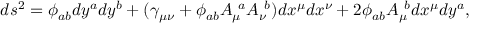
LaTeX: d s ^ { 2 } = \phi _ { a b } d y ^ { a } d y ^ { b } + ( \gamma _ { \mu \nu } + \phi _ { a b } A _ { \mu } ^ { \ a } A _ { \nu } ^ { \ b } ) d x ^ { \mu } d x ^ { \nu } + 2 \phi _ { a b } A _ { \mu } ^ { \ b } d x ^ { \mu } d y ^ { a } ,